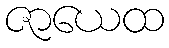
ဇာယေထ